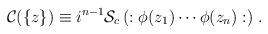
LaTeX: \begin{align*}{\cal C} (\{ z \}) \equiv i^{ n - 1} {\cal S}_c \left( : \phi (z_1) \cdots \phi (z_n) : \right) \, . \end{align*}